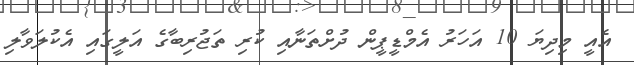
އެއީ މިދިޔަ 10 އަހަރު އެމްޑީޕީން ދުށްތަނާއި ކުރި ތަޖުރިބާގެ އަލީގައި އެކުލަވާލި